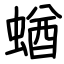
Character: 蝤